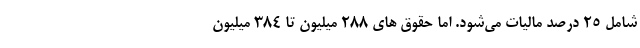
شامل ۲۵ درصد مالیات می‌شود. اما حقوق های ۲۸۸ میلیون تا ۳۸۴ میلیون